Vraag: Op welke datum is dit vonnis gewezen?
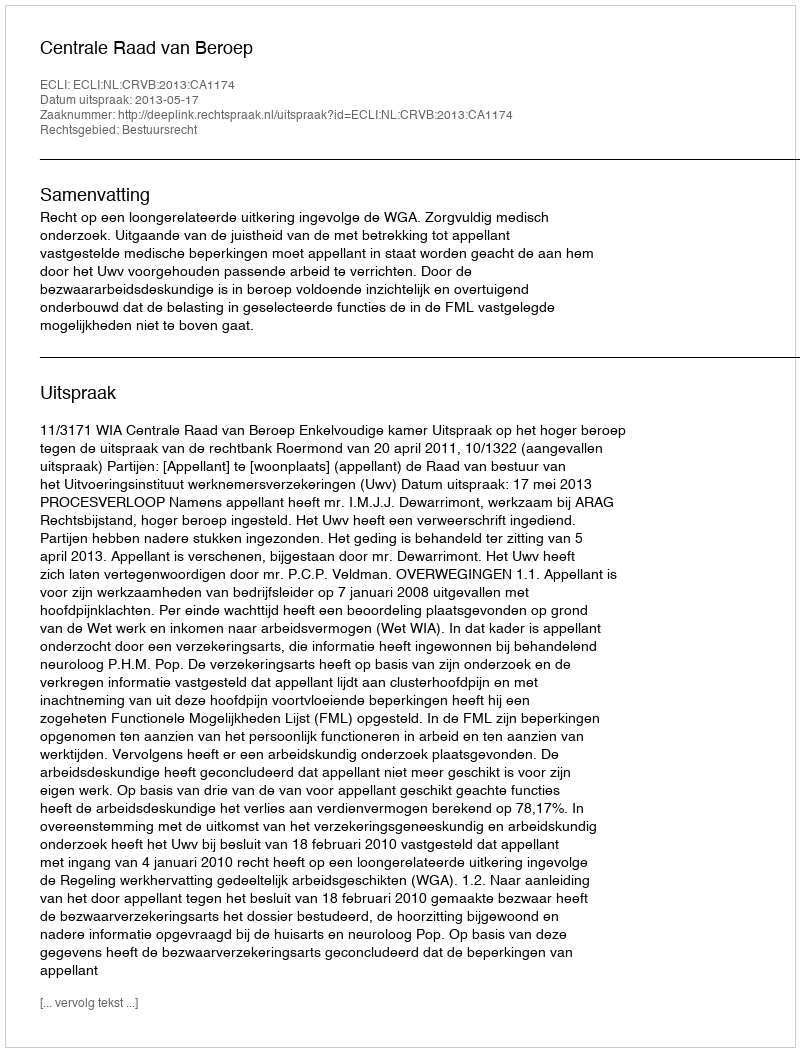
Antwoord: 2013-05-17